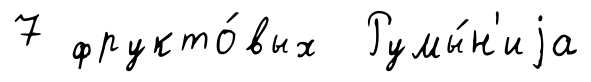
7 фрукто́вых Румы́н'иjа